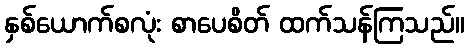
နှစ်ယောက်စလုံး စာပေစိတ် ထက်သန်ကြသည်။